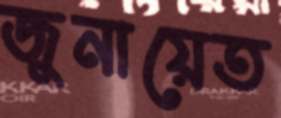
জুনায়েত